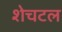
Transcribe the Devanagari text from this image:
शेचटल